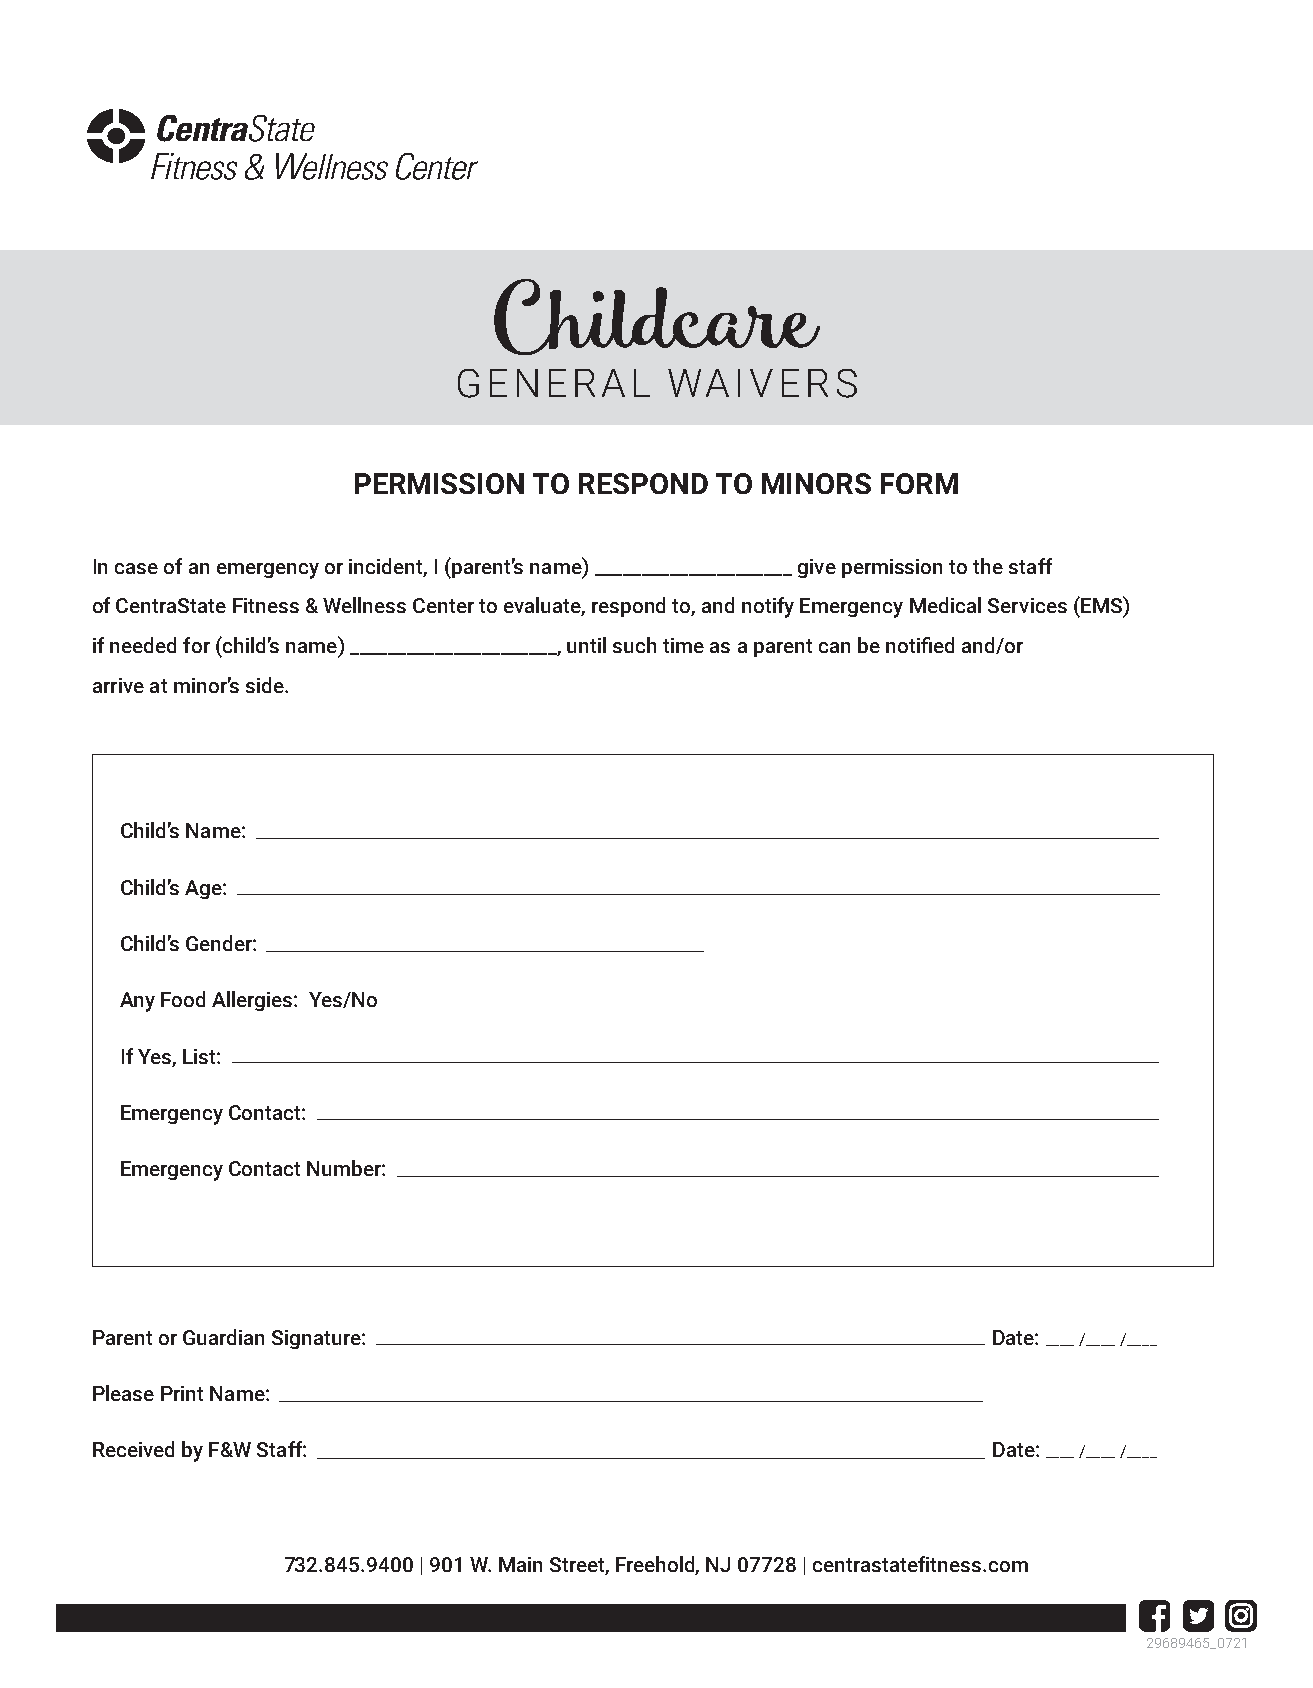
Childcare
 GENERAL       WAIVERS
 PERMISSION  TO RESPOND  TO MINORS  FORM
 In case of an emergency or incident, I (parent’s name) _____________________ give permission to the staff
 of CentraState Fitness & Wellness Center to evaluate, respond to, and notify Emergency Medical Services (EMS)
 if needed for (child’s name) ______________________, until such time as a parent can be notified and/or
 arrive at minor’s side.
 Child’s Name:
 Child’s Age:
 Child’s Gender:
 Any Food Allergies: Yes/No
 If Yes, List:
 Emergency Contact:
 Emergency Contact Number:
 Parent or Guardian Signature:                               Date: ____ /____ /____
 Please Print Name:
 Received by F&W Staff:                                      Date: ____ /____ /____
 732.845.9400 | 901 W. Main Street, Freehold, NJ 07728 | centrastatefitness.com
 29689465_0721